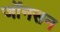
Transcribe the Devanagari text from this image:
जोंनसन